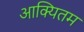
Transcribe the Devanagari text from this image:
आक्यितम